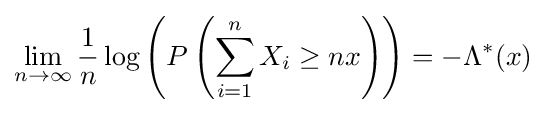
\lim _{n\to \infty }{\frac {1}{n}}\log \left(P\left(\sum _{i=1}^{n}X_{i}\geq nx\right)\right)=-\Lambda ^{*}(x)